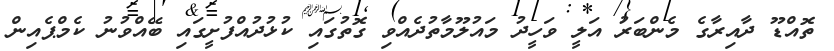
ތޮއްޑޫ ދާއިރާގެ މެންބަރު އަލީ ވަހީދު މައުލޫމާތުދެއްވި ގޮތުގައި ކުޅުދުއްފުށީގައި ބޭއްވުނު ކެމްޕެއިން